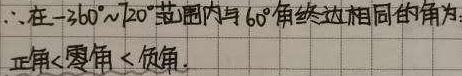
$\therefore$在$-260^{\circ }\sim 720^{\circ }$范围内与$60^{\circ }$角终边相同的角为：
正角$<$零角$<$负角.